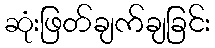
ဆုံးဖြတ်ချက်ချခြင်း